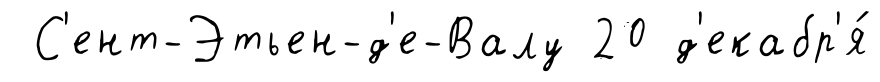
С'ент-Этьен-д'е-Валу 20 д'екабр'я́